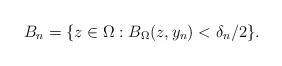
LaTeX: \begin{align*}B_n = \{ z \in \Omega : B_\Omega(z, y_n) < \delta_n/2\}.\end{align*}